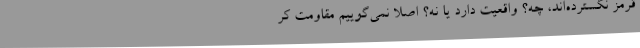
قرمز نگسترده‌اند، چه؟ واقعیت دارد یا نه؟ اصلا نمی‌گوییم مقاومت کر